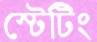
স্টেটিং